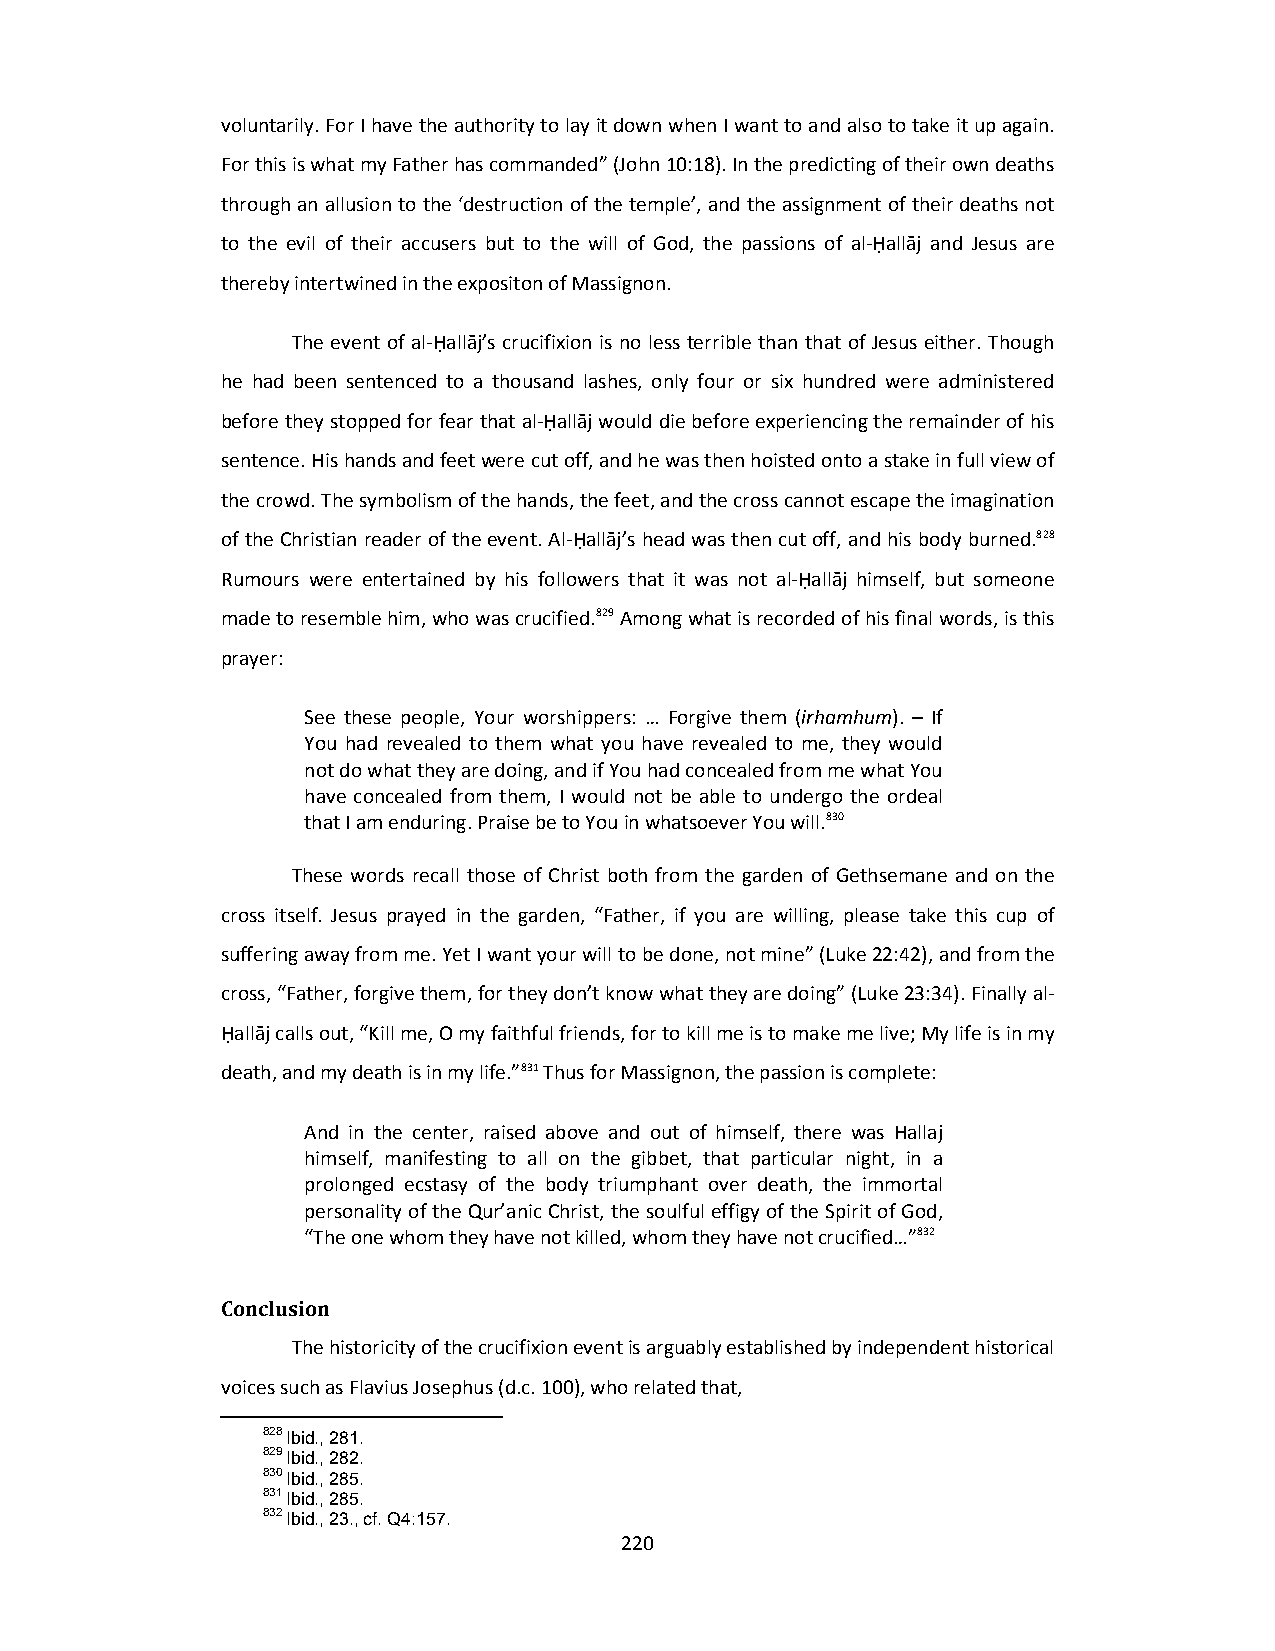
voluntarily. For I have the authority to lay it down when I want to and also to take it up again.
 For this is what my Father has commanded” (John 10:18). In the predicting of their own deaths
 through an allusion to the ‘destruction of the temple’, and the assignment of their deaths not
 to the evil of their accusers but to the will of God, the passions of al‐Ḥallāj and Jesus are
 thereby intertwined in the expositon of Massignon.
 The event of al‐Ḥallāj’s crucifixion is no less terrible than that of Jesus either. Though
 he had been sentenced to a thousand lashes, only four or six hundred were administered
 before they stopped for fear that al‐Ḥallāj would die before experiencing the remainder of his
 sentence. His hands and feet were cut off, and he was then hoisted onto a stake in full view of
 the crowd. The symbolism of the hands, the feet, and the cross cannot escape the imagination
 of the Christian reader of the event. Al‐Ḥallāj’s head was then cut off, and his body burned.828
 Rumours were entertained by his followers that it was not al‐Ḥallāj himself, but someone
 made to resemble him, who was crucified.829 Among what is recorded of his final words, is this
 prayer:
 See these people, Your worshippers: … Forgive them (irhamhum). – If
 You had revealed to them what you have revealed to me, they would
 not do what they are doing, and if You had concealed from me what You
 have concealed from them, I would not be able to undergo the ordeal
 that I am enduring. Praise be to You in whatsoever You will.830
 These words recall those of Christ both from the garden of Gethsemane and on the
 cross itself. Jesus prayed in the garden, “Father, if you are willing, please take this cup of
 suffering away from me. Yet I want your will to be done, not mine” (Luke 22:42), and from the
 cross, “Father, forgive them, for they don’t know what they are doing” (Luke 23:34). Finally al‐
 Ḥallāj calls out, “Kill me, O my faithful friends, for to kill me is to make me live; My life is in my
 death, and my death is in my life.”831 Thus for Massignon, the passion is complete:
 And in the center, raised above and out of himself, there was Hallaj
 himself, manifesting to all on the gibbet, that particular night, in a
 prolonged ecstasy of the body triumphant over death, the immortal
 personality of the Qur’anic Christ, the soulful effigy of the Spirit of God,
 “The one whom they have not killed, whom they have not crucified…”832
 Conclusion
 The historicity of the crucifixion event is arguably established by independent historical
 voices such as Flavius Josephus (d.c. 100), who related that,
 828 Ibid., 281.
 829 Ibid., 282.
 830 Ibid., 285.
 831 Ibid., 285.
 832 Ibid., 23., cf. Q4:157.
 220